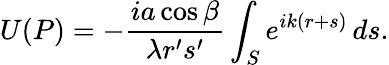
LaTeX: U(P)=-{\frac{ia\cos\beta}{\lambda r^{\prime}s^{\prime}}}\int_{S}e^{ik(r+s)}\, ds.